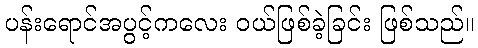
ပန်းရောင်အပွင့်ကလေး ဝယ်ဖြစ်ခဲ့ခြင်း ဖြစ်သည်။